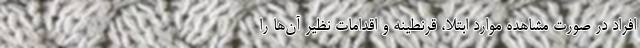
افراد در صورت مشاهده موارد ابتلا، قرنطینه و اقدامات نظیر آن‌ها را